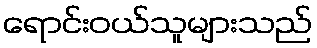
ရောင်းဝယ်သူများသည်